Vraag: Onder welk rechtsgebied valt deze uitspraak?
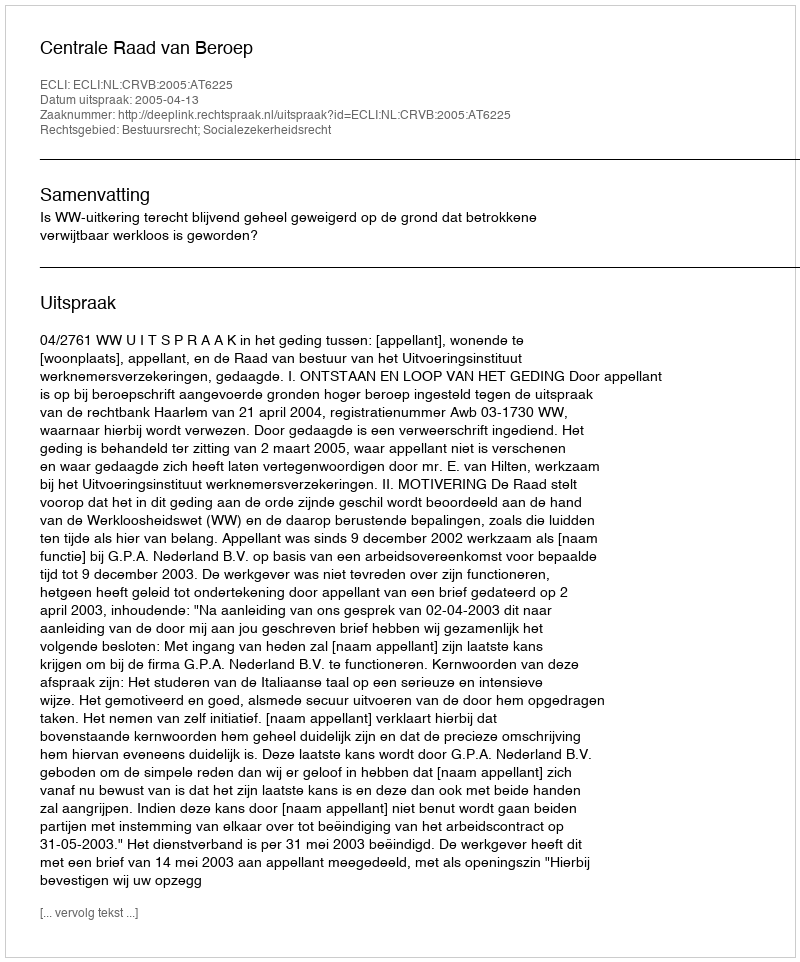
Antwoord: Bestuursrecht; Socialezekerheidsrecht